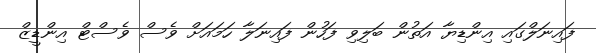
ފައިނަލްގައި އިންޑިޔާ އަތުން ބަލިވި ފަހުން ފައިނަލާ ހަމައަށް ވެސް ވެސްޓް އިންޑީޒް